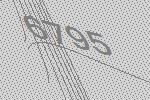
6795